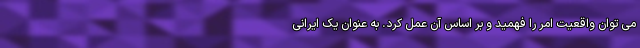
می توان واقعیت امر را فهمید و بر اساس آن عمل کرد. به عنوان یک ایرانی